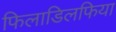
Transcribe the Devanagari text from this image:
फिलाडिलफिया